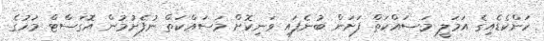
ހަންކެޑެއިގެ އަމަލީ މަސައްކަތް ފަށަން ބުނެފައި ވަނިކޮށް މަސައްކަތް ނުފެށުމުން އޮގަސްޓް މަހުގެ